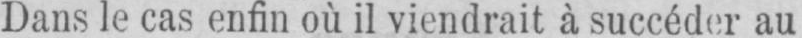
Dans le cas enfin où il viendrait à succéder au